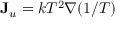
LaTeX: \mathbf { J } _ { u } = k T ^ { 2 } \nabla ( 1 / T )